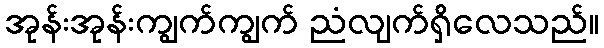
အုန်းအုန်းကျွက်ကျွက် ညံလျက်ရှိလေသည်။